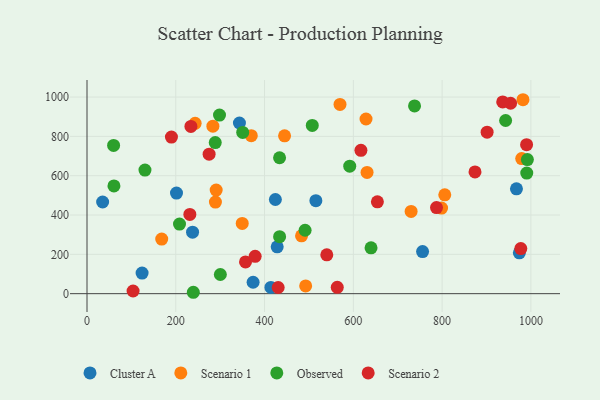
{"axis": {"x": "Study Hours", "y": "Sales"}, "legend": ["Cluster A", "Observed", "Scenario 1", "Scenario 2"], "data": [{"x": "124.1", "y": 105.0, "type": "Cluster A"}, {"x": "414.3", "y": 31.8, "type": "Cluster A"}, {"x": "756.0", "y": 214.3, "type": "Cluster A"}, {"x": "374.2", "y": 58.0, "type": "Cluster A"}, {"x": "201.6", "y": 511.6, "type": "Cluster A"}, {"x": "967.5", "y": 533.4, "type": "Cluster A"}, {"x": "428.5", "y": 238.3, "type": "Cluster A"}, {"x": "424.4", "y": 479.0, "type": "Cluster A"}, {"x": "343.4", "y": 868.0, "type": "Cluster A"}, {"x": "35.2", "y": 466.3, "type": "Cluster A"}, {"x": "237.8", "y": 312.9, "type": "Cluster A"}, {"x": "515.6", "y": 472.9, "type": "Cluster A"}, {"x": "974.0", "y": 207.7, "type": "Cluster A"}, {"x": "483.3", "y": 294.1, "type": "Scenario 1"}, {"x": "168.3", "y": 277.8, "type": "Scenario 1"}, {"x": "289.3", "y": 465.7, "type": "Scenario 1"}, {"x": "806.0", "y": 502.9, "type": "Scenario 1"}, {"x": "492.6", "y": 39.5, "type": "Scenario 1"}, {"x": "570.0", "y": 962.6, "type": "Scenario 1"}, {"x": "730.2", "y": 418.2, "type": "Scenario 1"}, {"x": "283.6", "y": 851.7, "type": "Scenario 1"}, {"x": "243.6", "y": 866.4, "type": "Scenario 1"}, {"x": "370.1", "y": 803.4, "type": "Scenario 1"}, {"x": "798.8", "y": 435.2, "type": "Scenario 1"}, {"x": "630.9", "y": 616.8, "type": "Scenario 1"}, {"x": "291.0", "y": 526.8, "type": "Scenario 1"}, {"x": "979.3", "y": 687.3, "type": "Scenario 1"}, {"x": "349.7", "y": 357.4, "type": "Scenario 1"}, {"x": "445.1", "y": 802.9, "type": "Scenario 1"}, {"x": "628.6", "y": 888.3, "type": "Scenario 1"}, {"x": "982.2", "y": 986.4, "type": "Scenario 1"}, {"x": "433.9", "y": 290.0, "type": "Observed"}, {"x": "350.8", "y": 819.9, "type": "Observed"}, {"x": "208.4", "y": 354.2, "type": "Observed"}, {"x": "300.4", "y": 97.5, "type": "Observed"}, {"x": "992.1", "y": 681.9, "type": "Observed"}, {"x": "239.5", "y": 7.1, "type": "Observed"}, {"x": "507.5", "y": 855.7, "type": "Observed"}, {"x": "491.3", "y": 322.5, "type": "Observed"}, {"x": "737.9", "y": 954.8, "type": "Observed"}, {"x": "59.9", "y": 754.2, "type": "Observed"}, {"x": "591.9", "y": 648.6, "type": "Observed"}, {"x": "130.6", "y": 628.8, "type": "Observed"}, {"x": "943.1", "y": 880.8, "type": "Observed"}, {"x": "298.5", "y": 908.3, "type": "Observed"}, {"x": "288.9", "y": 768.3, "type": "Observed"}, {"x": "990.7", "y": 613.2, "type": "Observed"}, {"x": "433.8", "y": 691.4, "type": "Observed"}, {"x": "60.7", "y": 548.1, "type": "Observed"}, {"x": "639.9", "y": 233.1, "type": "Observed"}, {"x": "874.1", "y": 619.0, "type": "Scenario 2"}, {"x": "231.7", "y": 403.1, "type": "Scenario 2"}, {"x": "190.2", "y": 796.6, "type": "Scenario 2"}, {"x": "787.4", "y": 438.1, "type": "Scenario 2"}, {"x": "430.7", "y": 31.3, "type": "Scenario 2"}, {"x": "357.1", "y": 161.5, "type": "Scenario 2"}, {"x": "563.8", "y": 32.5, "type": "Scenario 2"}, {"x": "540.2", "y": 197.5, "type": "Scenario 2"}, {"x": "617.1", "y": 729.2, "type": "Scenario 2"}, {"x": "954.3", "y": 968.5, "type": "Scenario 2"}, {"x": "654.2", "y": 467.1, "type": "Scenario 2"}, {"x": "275.1", "y": 709.4, "type": "Scenario 2"}, {"x": "936.5", "y": 975.2, "type": "Scenario 2"}, {"x": "103.8", "y": 13.5, "type": "Scenario 2"}, {"x": "234.1", "y": 850.4, "type": "Scenario 2"}, {"x": "901.4", "y": 821.3, "type": "Scenario 2"}, {"x": "990.3", "y": 757.8, "type": "Scenario 2"}, {"x": "977.3", "y": 229.6, "type": "Scenario 2"}, {"x": "378.8", "y": 190.0, "type": "Scenario 2"}]}